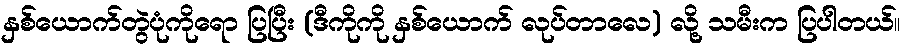
နှစ်ယောက်တွဲပုံကိုရော ပြပြီး (ဒီကိုကို နှစ်ယောက် လုပ်တာလေ) လို့ သမီးက ပြပါတယ်။